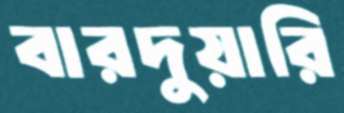
বারদুয়ারি